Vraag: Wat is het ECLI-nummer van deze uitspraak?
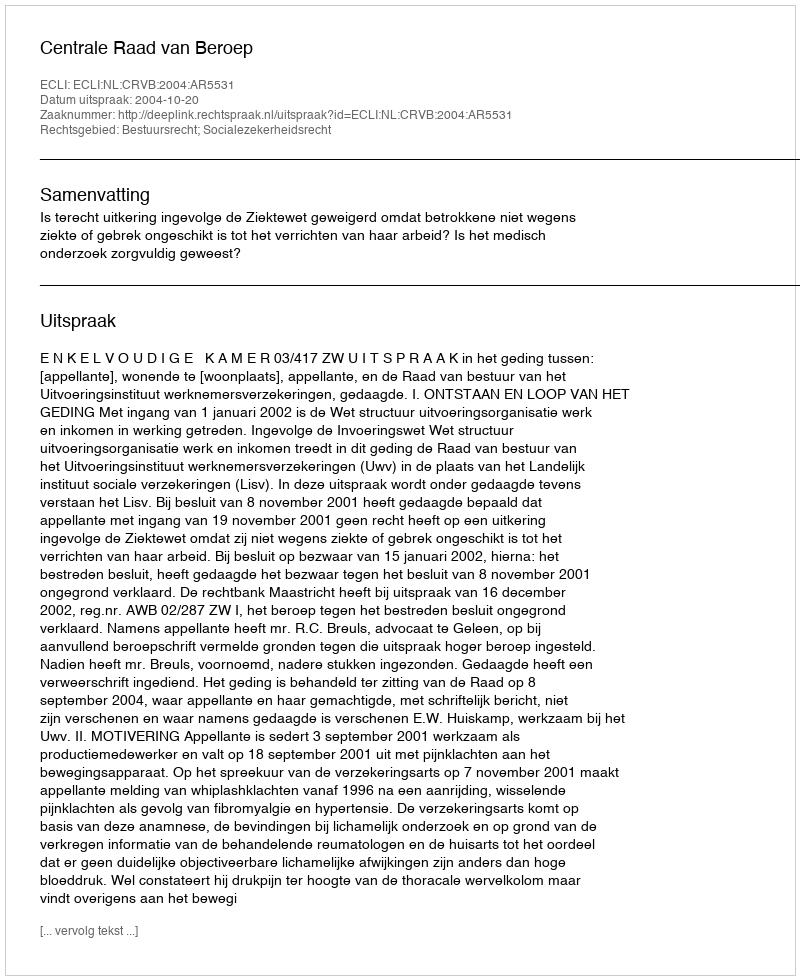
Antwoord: ECLI:NL:CRVB:2004:AR5531